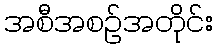
အစီအစဉ်အတိုင်း